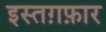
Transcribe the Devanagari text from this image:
इस्तग़फ़ार